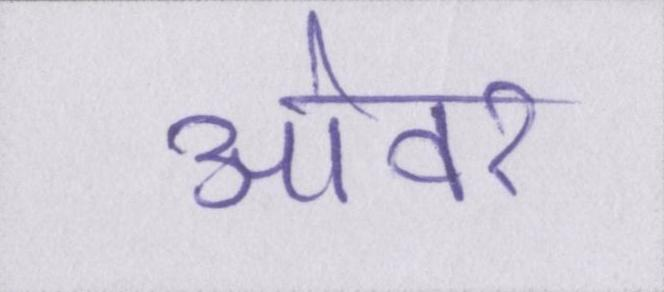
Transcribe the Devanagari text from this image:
ओवर